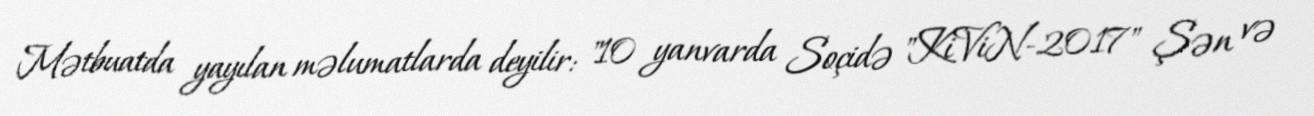
Mətbuatda yayılan məlumatlarda deyilir: "10 yanvarda Soçidə "KiViN-2017" Şən və